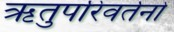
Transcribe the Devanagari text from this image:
ऋतुपरिवर्तनों